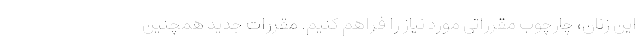
این زنان، چارچوب مقرراتی مورد نیاز را فراهم کنیم. مقررات جدید همچنین